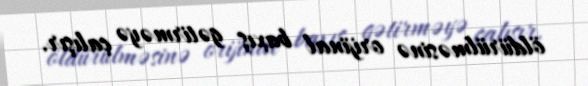
öldürülməsinə orijinal baxış gətirməyə çalışır.